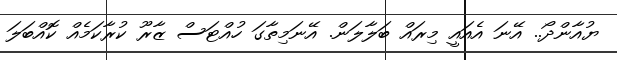
ޔުއާންދޯ.. އޭނަ އެއައީ މިރައް ބަލާލަން. އޭނަމިތާގަ ހުއްޓަސް ޒާރޫ ކުރާކަމެއް ކޮއްބަލަ